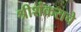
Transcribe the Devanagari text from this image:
श्रीशंकराचे